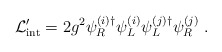
\begin{align*}{\cal L}_{\rm int}' = 2 g^2 \psi_R^{(i)\dagger} \psi_L^{(i)} \psi_L^{(j)\dagger} \psi_R^{(j)} \ .\end{align*}